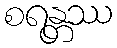
စရန္တဿ